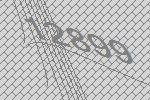
12899